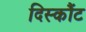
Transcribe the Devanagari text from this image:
दिस्कौंट